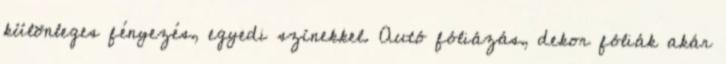
különleges fényezés, egyedi színekkel. Autó fóliázás, dekor fóliák akár